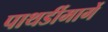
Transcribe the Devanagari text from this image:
पाथर्डीमार्गे